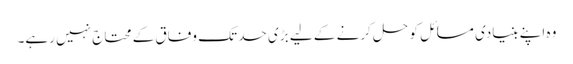
وہ اپنے بنیادی مسائل کو حل کرنے کے لیے بڑی حد تک وفاق کے محتاج نہیں رہے۔